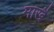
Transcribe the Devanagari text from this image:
माखै